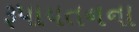
રૂપાયતનના